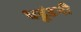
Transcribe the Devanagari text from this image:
धढूंडनी